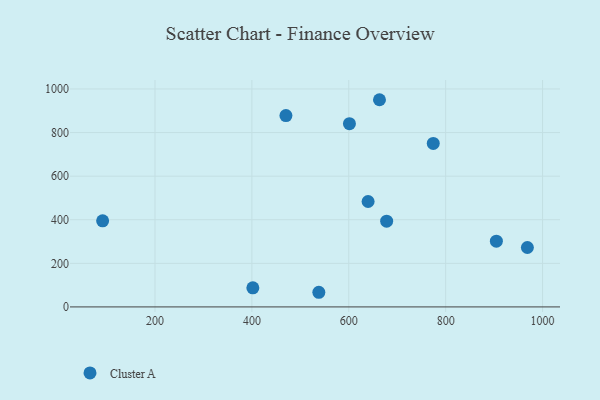
{"axis": {"x": "Ad Spend", "y": "Sales"}, "legend": ["Cluster A"], "data": [{"x": "402.0", "y": 87.6, "type": "Cluster A"}, {"x": "968.7", "y": 272.7, "type": "Cluster A"}, {"x": "904.7", "y": 301.6, "type": "Cluster A"}, {"x": "663.4", "y": 950.7, "type": "Cluster A"}, {"x": "678.2", "y": 393.4, "type": "Cluster A"}, {"x": "91.9", "y": 395.0, "type": "Cluster A"}, {"x": "774.4", "y": 750.4, "type": "Cluster A"}, {"x": "639.9", "y": 483.7, "type": "Cluster A"}, {"x": "538.2", "y": 67.2, "type": "Cluster A"}, {"x": "601.4", "y": 840.6, "type": "Cluster A"}, {"x": "470.3", "y": 877.9, "type": "Cluster A"}]}